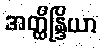
အတ္ထိန္ဒြိယာ